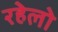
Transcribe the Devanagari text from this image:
रहेलो